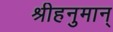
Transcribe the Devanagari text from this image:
श्रीहनुमान्